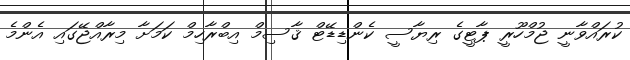
ކުރައްވާނީ ޖުމްހޫރީ ޕާޓީގެ ރިޔާސީ ކެންޑިޑޭޓް ޤާސިމް އިބްރާހިމް ކަމަށާ މިރާއްޖޭގައި އެންމެ